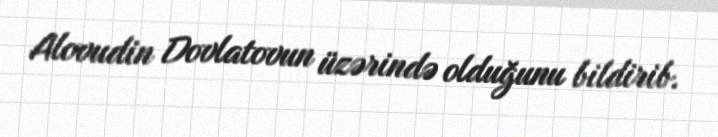
Alovudin Dovlatovun üzərində olduğunu bildirib.